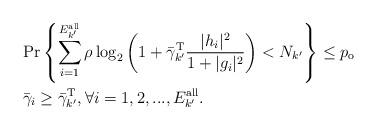
LaTeX: \begin{align*}&\textrm{Pr}\left\{\sum_{i=1}^{E^{\textrm{all}}_{k'}}\rho \log_2\left(1+\bar{\gamma}_{k'}^{\textrm{T}}\frac{|h_i|^2}{1+|g_i|^2}\right)< N_{k'}\right\}\leq p_\textrm{o}\\&\bar{\gamma}_i\geq \bar{\gamma}_{k'}^{\textrm{T}}, \forall i=1,2,...,E^{\textrm{all}}_{k'}. \end{align*}